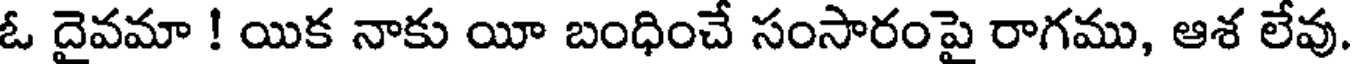
ఓ దైవమా ! యిక నాకు యీ బంధించే సంసారంపై రాగము, ఆశ లేవు